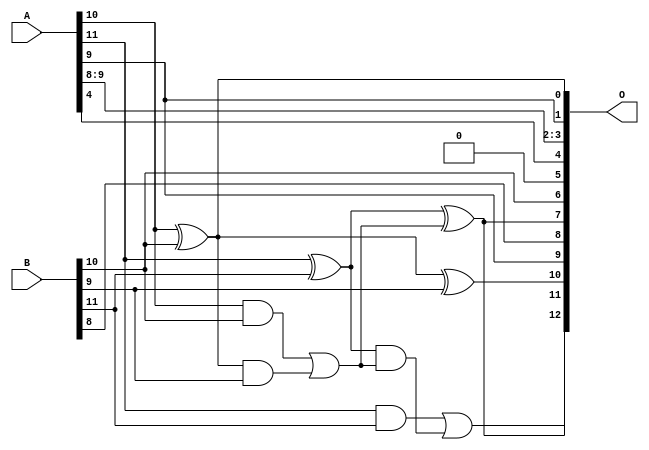
/***
* This code is a part of EvoApproxLib library (ehw.fit.vutbr.cz/approxlib) distributed under The MIT License.
* When used, please cite the following article(s): PRABAKARAN B. S., MRAZEK V., VASICEK Z., SEKANINA L., SHAFIQUE M. ApproxFPGAs: Embracing ASIC-based Approximate Arithmetic Components for FPGA-Based Systems. DAC 2020. 
***/
// MAE% = 3.25 %
// MAE = 266 
// WCE% = 9.11 %
// WCE = 746 
// WCRE% = 100.00 %
// EP% = 99.91 %
// MRE% = 9.07 %
// MSE = 97656 
// FPGA_POWER = 0.3
// FPGA_DELAY = 6.3
// FPGA_LUT = 2.0


module add12u_00J(A, B, O);
  input [11:0] A, B;
  output [12:0] O;
  wire sig_72, sig_73, sig_75, sig_76, sig_77, sig_78;
  assign O[5] = 1'b0;
  assign O[0] = A[10] ^ B[10];
  assign sig_72 = A[10] & B[10];
  assign sig_73 = O[0] & B[9];
  assign O[10] = O[0] ^ B[9];
  assign sig_75 = sig_72 | sig_73;
  assign sig_76 = A[11] ^ B[11];
  assign sig_77 = A[11] & B[11];
  assign sig_78 = sig_76 & sig_75;
  assign O[7] = sig_76 ^ sig_75;
  assign O[12] = sig_77 | sig_78;
  assign O[1] = A[9];
  assign O[2] = A[8];
  assign O[3] = A[9];
  assign O[4] = A[4];
  assign O[6] = B[10];
  assign O[8] = B[8];
  assign O[9] = A[9];
  assign O[11] = O[7];
endmodule